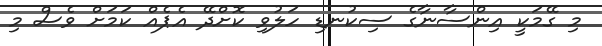
މި ގޭމަކީ އިންސާނާގެ ސިކުނޑި ހަލުވި ކޮށްދޭ އެޕެއް ކަމަށް ވެސް މި